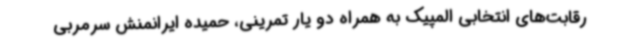
رقابت‌های انتخابی المپیک به همراه دو یار تمرینی، حمیده ایرانمنش سرمربی